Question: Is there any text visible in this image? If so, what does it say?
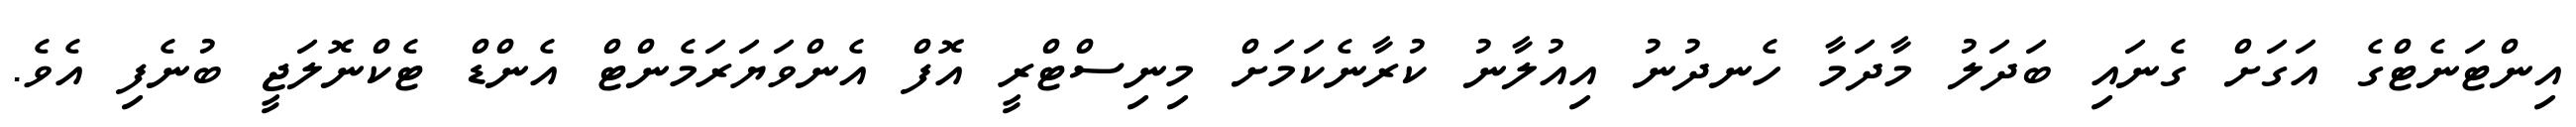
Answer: އިންޓަނެޓްގެ އަގަށް ގެނައި ބަދަލު މާދަމާ ހެނދުނު އިއުލާނު ކުރާނެކަމަށް މިނިސްޓްރީ އޮފް އެންވަޔަރަމެންޓް އެންޑް ޓެކްނޮލަޖީ ބުނެފި އެވެ.